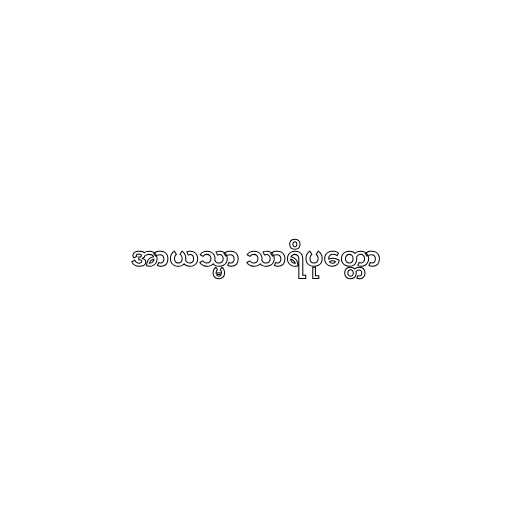
အာယသ္မာ သာရိပုတ္တော